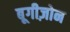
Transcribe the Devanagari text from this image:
बूगीज़ोन